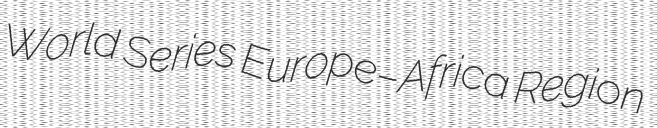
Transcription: World Series Europe–Africa Region